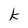
Character: k